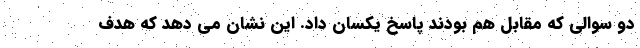
دو سوالی که مقابل هم بودند پاسخ یکسان داد. این نشان می دهد که هدف